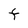
Character: F